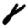
Digit: 8